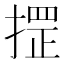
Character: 𢱫